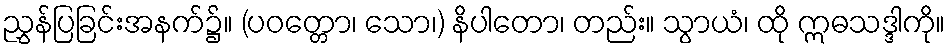
ညွှန်ပြခြင်းအနက်၌။ (ပဝတ္တော၊ သော၊) နိပါတော၊ တည်း။ သွာယံ၊ ထို ဣဓသဒ္ဒါကို။